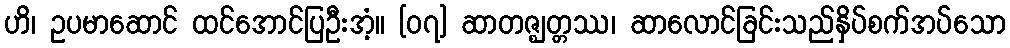
ဟိ၊ ဥပမာဆောင် ထင်အောင်ပြဦးအံ့။ [၀၇] ဆာတဇ္ဈတ္တဿ၊ ဆာလောင်ခြင်းသည်နှိပ်စက်အပ်သော